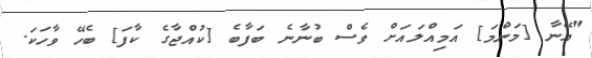
"އޭނާ [މަންމަ] އަމިއްލައަށް ވެސް ބުނާނެ ބަފާބެ [ކުއްޖާގެ ކާފަ] ބެހޭ ވާހަކަ.